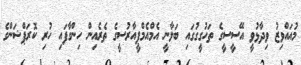
މުއައްވިޒު ވިދާޅުވީ އޭސީސީގެ ތަހުގީގުގައި ބަލާނީ އެމްއެމްޕީއާރުސީގެ ތެރެއިން ހިންގާފައި ހުރި ކޮރަޕްޝަންގެ